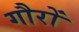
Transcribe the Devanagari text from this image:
गौरों